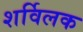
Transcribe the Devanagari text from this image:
शर्विलक